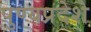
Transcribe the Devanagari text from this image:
पुण्यप्रदेशे